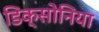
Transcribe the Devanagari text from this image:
डिक्सोनिया